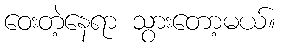
ဝေးတဲ့နေရာ သွားတော့မယ်။